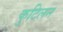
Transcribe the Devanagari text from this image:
कुटिलन